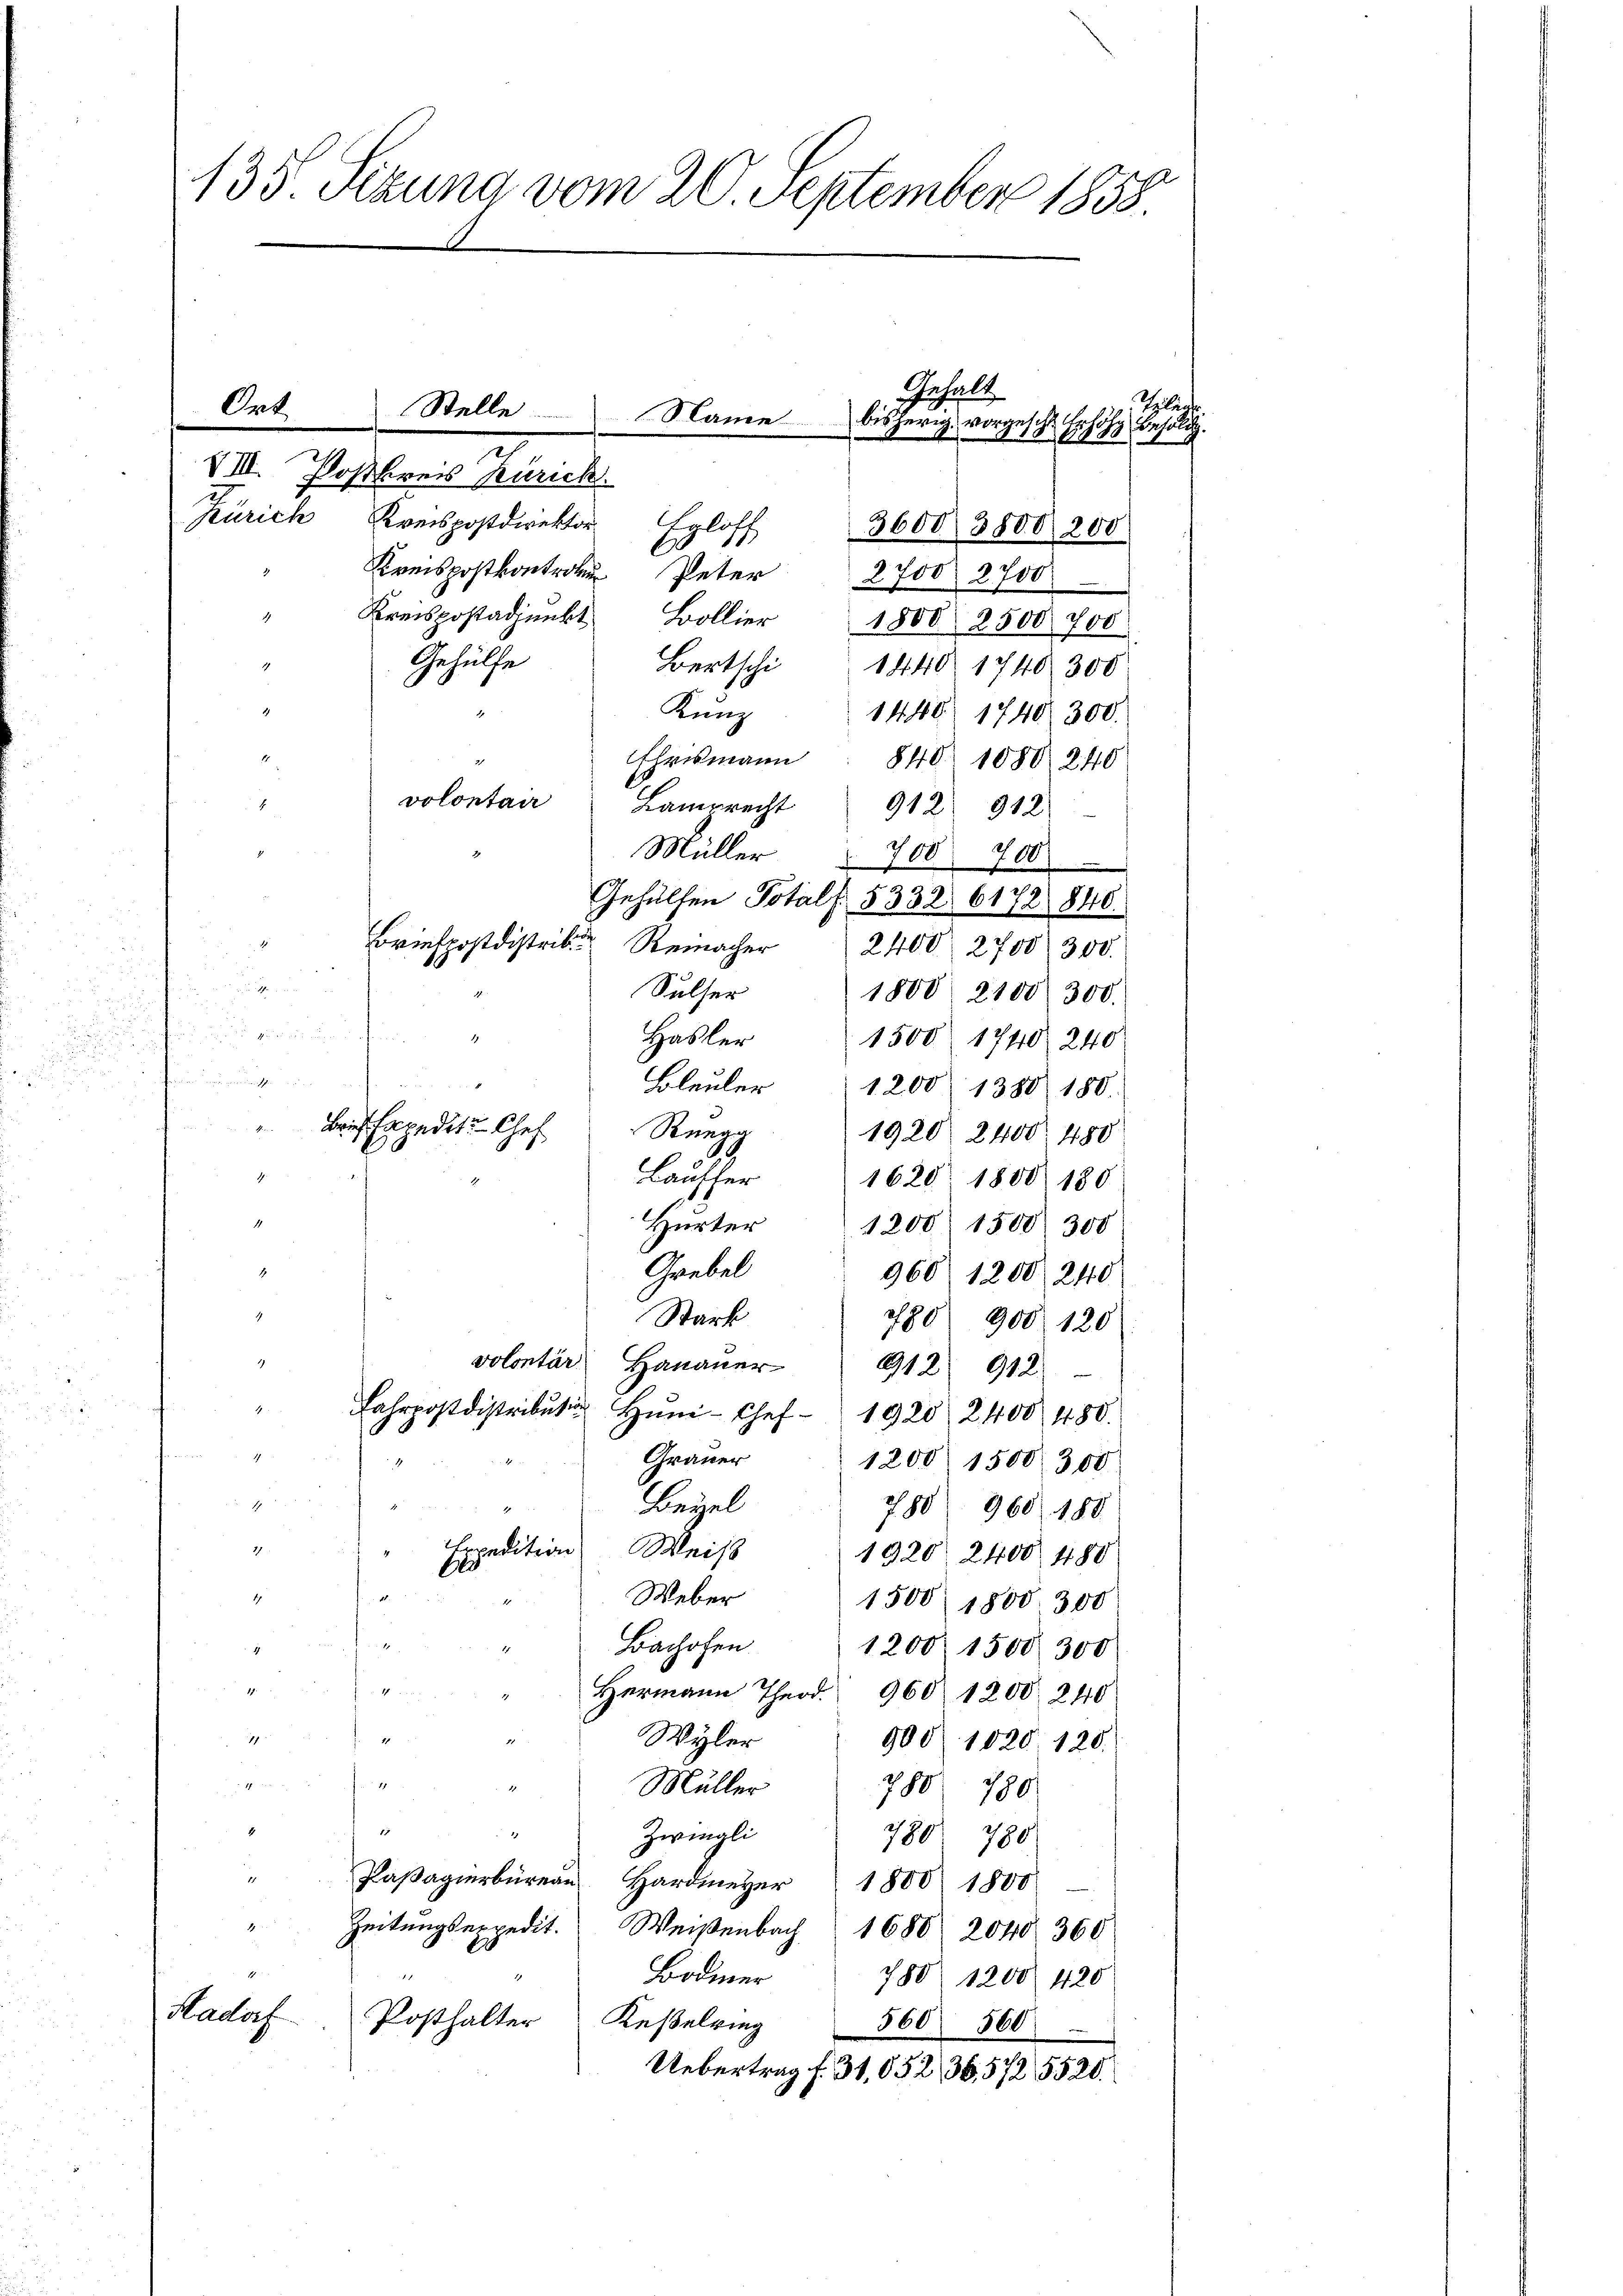
135 Sizung vom 20. September 1858.
Gehalt
Tellen
Ort
Stelle
Name
bisherig, vorgehe
Bertoldig.
e
Z 1380
VIII. Postkreis Kärick.
Zürich Kreispostdirektor Erloff
3600/ 3800/200
b
Kreispostkontro Peter
2700 2700
Kreispostadjunkt Bollier
1800 2500 700

Gehülfe
1
Bertschi 1440. 1740 300
Kunz
d
1440. 1740 300.
d
Ehrismann 840 1080 240
volontair
Lanrecht 912 912
2
Müller 700 700
Gehülfen Totals 5332. 6172 846.
Briefpostdistri R 2400. 2700 300.

Sulser
1800. 2100. 300.
i
Hasler
1500 1740 240

e
Bleuler
1200 1380 180.
" Brief Expedit Chef
Rüegg
1920 2400. 480
Lauffer 1620 1800. 180
1
Hurter 1200 1500. 300
Grebel
.
960 1200 240
.
Stark
780 900 120
1.
volontär Her 912 912
Fahrpostdistributi Hŭni-Chef 1920, 2400. 480.
i
Grauer
1200 1500 300
A
Beiel
780 960. 188
x
2.
Expedition Weis
1920 2400 480
s
Weber
1
1500 1800. 300
14
Bachofen
1
1200. 1500300
4
2 x
17
Hermann Theod. 960 1200. 240
1
17.
Wyler

u
900. 1020. 120.
e
 1
28
Müller
780
790.
4

7
Zwingli
780
780
1
Pasagierbüreau Hardmeyer 1800 1800.
" Zeitŭngsexpedit. Weisenbach 1680 2040 360
Bodmer 780 1200. 420
Hadorf
Posthalter Keßelring
560 560
Uebertrag f. 31,052,36,5725520.